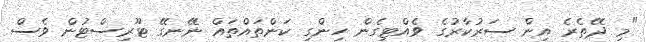
"މި ދޭތެރެ އިން ސަރުކާރުގެ ވެއްޓިގެން ހިންގި ކަންތައްތައް ނޭނގޭ ޓޫރިސްޓުން ވެސް